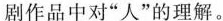
剧作品中对“人”的理解。